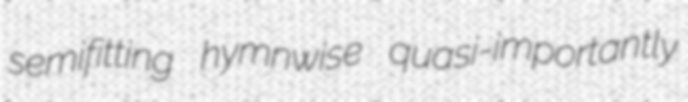
semifitting hymnwise quasi-importantly